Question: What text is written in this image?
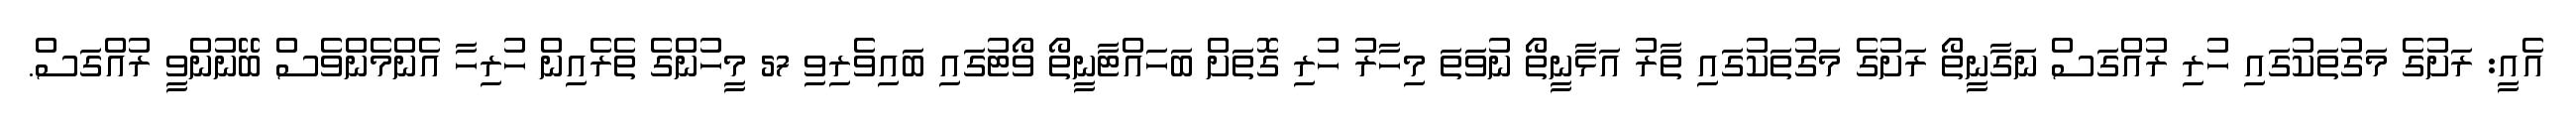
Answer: އެއީ: ރަށުގެ މަގުތަކުގައި ހުރި ރުއްގަސް ނަގާނީތޯ ރަށުގެ މަގުތަކުގައި ތާރު އަޅާނީތޯ ނުވަތަ މިހާރު ހުރި ގޮތަށް ބަހައްޓާނީތޯ ވޯޓުގައި ބައިވެރިވި 57 މީހުންގެ ތެރެއިން ހުރިހާ އެންމެންވެސް ބޭނުންވީ ރުއްގަސް.